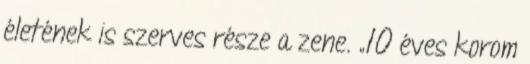
életének is szerves része a zene. „10 éves korom